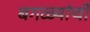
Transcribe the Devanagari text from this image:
बगळ्यांची